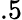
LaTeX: .5